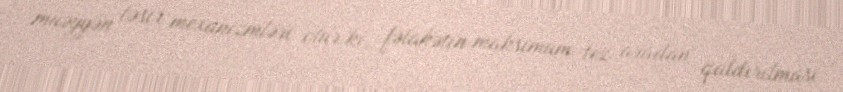
müəyyən təsir mexanizmləri olur ki, fəlakətin maksimum tez aradan qaldırılması